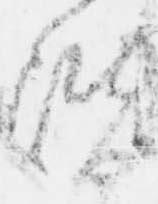
階